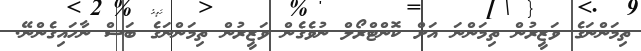
ތިމަންނަގެ ވަޒީރުން ތިމަންނަ އަށް ކޮންޓްރޯލް ނުވެގެން ވަޒީރުން ތިމަންނަގެ ބަސް ނާހައިގެންނޭ.